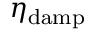
\eta _ { \mathrm { d a m p } }